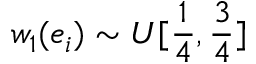
w _ { 1 } ( e _ { i } ) \sim U [ \frac { 1 } { 4 } , \frac { 3 } { 4 } ]